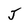
Character: J